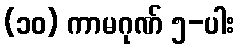
(၁၀) ကာမဂုဏ် ၅-ပါး